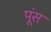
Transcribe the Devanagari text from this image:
पूंस